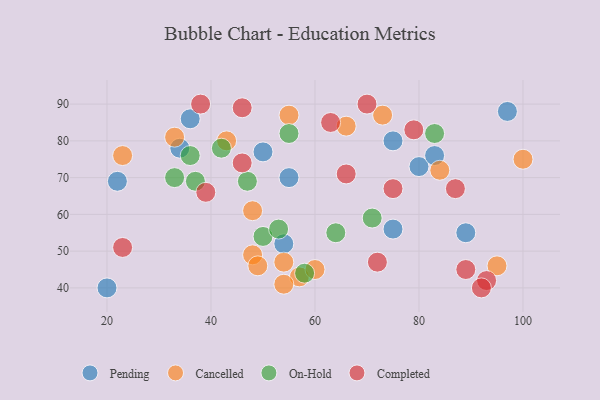
{"axis": {"x": "GDP", "y": "Life Expectancy"}, "legend": ["Cancelled", "Completed", "On-Hold", "Pending"], "data": [{"x": "89", "y": 55, "type": "Pending"}, {"x": "97", "y": 88, "type": "Pending"}, {"x": "80", "y": 73, "type": "Pending"}, {"x": "22", "y": 69, "type": "Pending"}, {"x": "50", "y": 77, "type": "Pending"}, {"x": "75", "y": 80, "type": "Pending"}, {"x": "83", "y": 76, "type": "Pending"}, {"x": "20", "y": 40, "type": "Pending"}, {"x": "36", "y": 86, "type": "Pending"}, {"x": "75", "y": 56, "type": "Pending"}, {"x": "54", "y": 52, "type": "Pending"}, {"x": "34", "y": 78, "type": "Pending"}, {"x": "55", "y": 70, "type": "Pending"}, {"x": "57", "y": 43, "type": "Cancelled"}, {"x": "48", "y": 49, "type": "Cancelled"}, {"x": "48", "y": 61, "type": "Cancelled"}, {"x": "100", "y": 75, "type": "Cancelled"}, {"x": "33", "y": 81, "type": "Cancelled"}, {"x": "73", "y": 87, "type": "Cancelled"}, {"x": "49", "y": 46, "type": "Cancelled"}, {"x": "54", "y": 47, "type": "Cancelled"}, {"x": "54", "y": 41, "type": "Cancelled"}, {"x": "43", "y": 80, "type": "Cancelled"}, {"x": "23", "y": 76, "type": "Cancelled"}, {"x": "66", "y": 84, "type": "Cancelled"}, {"x": "95", "y": 46, "type": "Cancelled"}, {"x": "84", "y": 72, "type": "Cancelled"}, {"x": "55", "y": 87, "type": "Cancelled"}, {"x": "60", "y": 45, "type": "Cancelled"}, {"x": "71", "y": 59, "type": "On-Hold"}, {"x": "64", "y": 55, "type": "On-Hold"}, {"x": "50", "y": 54, "type": "On-Hold"}, {"x": "47", "y": 69, "type": "On-Hold"}, {"x": "36", "y": 76, "type": "On-Hold"}, {"x": "53", "y": 56, "type": "On-Hold"}, {"x": "33", "y": 70, "type": "On-Hold"}, {"x": "37", "y": 69, "type": "On-Hold"}, {"x": "55", "y": 82, "type": "On-Hold"}, {"x": "83", "y": 82, "type": "On-Hold"}, {"x": "58", "y": 44, "type": "On-Hold"}, {"x": "42", "y": 78, "type": "On-Hold"}, {"x": "63", "y": 85, "type": "Completed"}, {"x": "87", "y": 67, "type": "Completed"}, {"x": "46", "y": 74, "type": "Completed"}, {"x": "79", "y": 83, "type": "Completed"}, {"x": "46", "y": 89, "type": "Completed"}, {"x": "70", "y": 90, "type": "Completed"}, {"x": "23", "y": 51, "type": "Completed"}, {"x": "66", "y": 71, "type": "Completed"}, {"x": "93", "y": 42, "type": "Completed"}, {"x": "75", "y": 67, "type": "Completed"}, {"x": "39", "y": 66, "type": "Completed"}, {"x": "89", "y": 45, "type": "Completed"}, {"x": "38", "y": 90, "type": "Completed"}, {"x": "72", "y": 47, "type": "Completed"}, {"x": "92", "y": 40, "type": "Completed"}]}